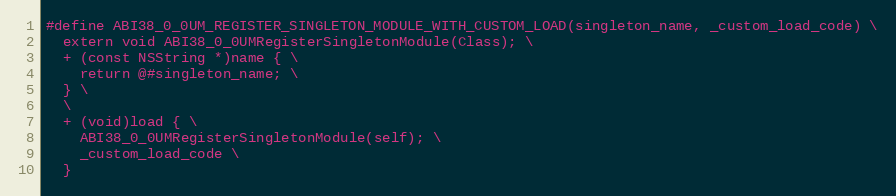
Language: C
#define ABI38_0_0UM_REGISTER_SINGLETON_MODULE_WITH_CUSTOM_LOAD(singleton_name, _custom_load_code) \
  extern void ABI38_0_0UMRegisterSingletonModule(Class); \
  + (const NSString *)name { \
    return @#singleton_name; \
  } \
  \
  + (void)load { \
    ABI38_0_0UMRegisterSingletonModule(self); \
    _custom_load_code \
  }